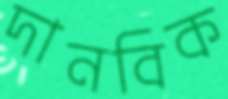
দানবিক